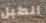
الطبل